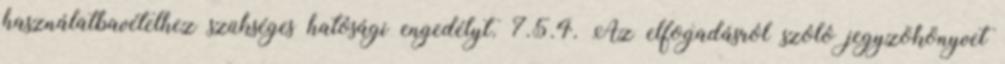
használatbavételhez szükséges hatósági engedélyt. 7.5.4. Az elfogadásról szóló jegyzõkönyvet